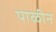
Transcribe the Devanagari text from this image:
पाळीन